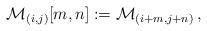
LaTeX: \begin{align*}\mathcal{M}_{(i,j)} [m,n] := \mathcal{M}_{(i+m,j+n)} \, ,\end{align*}